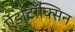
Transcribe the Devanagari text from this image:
ऐंडोटॉक्सिन